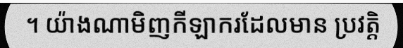
។ យ៉ាងណាមិញកីឡាករដែលមាន ប្រវត្តិ